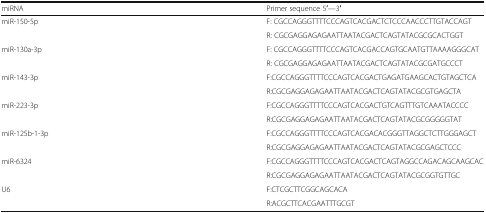
<table><thead><tr><td><b>miRNA</b></td><td><b>Primer sequence 5′—3′</b></td></tr></thead><tbody><tr><td rowspan="2">miR-150-5p</td><td>F: CGCCAGGGTTTTCCCAGTCACGACTCTCCCAACCCTTGTACCAGT</td></tr><tr><td>R: CGCGAGGAGAGAATTAATACGACTCAGTATACGCGCACTGGT</td></tr><tr><td rowspan="2">miR-130a-3p</td><td>F: CGCCAGGGTTTTCCCAGTCACGACCAGTGCAATGTTAAAAGGGCAT</td></tr><tr><td>R: CGCGAGGAGAGAATTAATACGACTCAGTATACGCGATGCCCT</td></tr><tr><td rowspan="2">miR-143-3p</td><td>F:CGCCAGGGTTTTCCCAGTCACGACTGAGATGAAGCACTGTAGCTCA</td></tr><tr><td>R:CGCGAGGAGAGAATTAATACGACTCAGTATACGCGTGAGCTA</td></tr><tr><td rowspan="2">miR-223-3p</td><td>F:CGCCAGGGTTTTCCCAGTCACGACTGTCAGTTTGTCAAATACCCC</td></tr><tr><td>R:CGCGAGGAGAGAATTAATACGACTCAGTATACGCGGGGGTAT</td></tr><tr><td rowspan="2">miR-125b-1-3p</td><td>F:CGCCAGGGTTTTCCCAGTCACGACACGGGTTAGGCTCTTGGGAGCT</td></tr><tr><td>R:CGCGAGGAGAGAATTAATACGACTCAGTATACGCGAGCTCCC</td></tr><tr><td rowspan="2">miR-6324</td><td>F:CGCCAGGGTTTTCCCAGTCACGACTCAGTAGGCCAGACAGCAAGCAC</td></tr><tr><td>R:CGCGAGGAGAGAATTAATACGACTCAGTATACGCGGTGTTGC</td></tr><tr><td rowspan="2">U6</td><td>F:CTCGCTTCGGCAGCACA</td></tr><tr><td>R:ACGCTTCACGAATTTGCGT</td></tr></tbody></table>